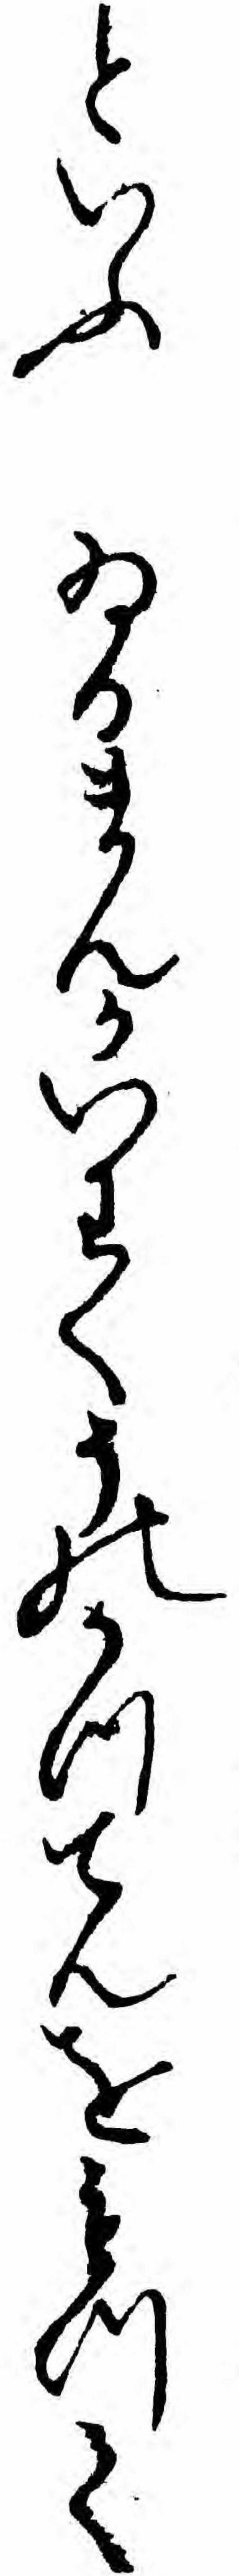
といふゐるまんかいわくそのかつてんをもつて